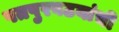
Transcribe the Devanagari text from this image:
पतपुरवठयांची